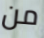
من